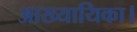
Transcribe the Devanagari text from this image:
आख्यायिका।